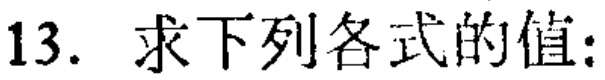
13. 求下列各式的值: